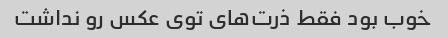
خوب بود فقط ذرت‌های توی عکس رو‌ نداشت